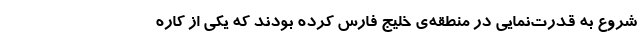
شروع به قدرت‌نمایی در منطقه‌ی خلیج فارس کرده بودند که یکی از کاره